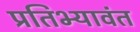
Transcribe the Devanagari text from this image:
प्रतिभ्यावंत